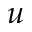
u